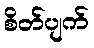
စိတ်ပျက်